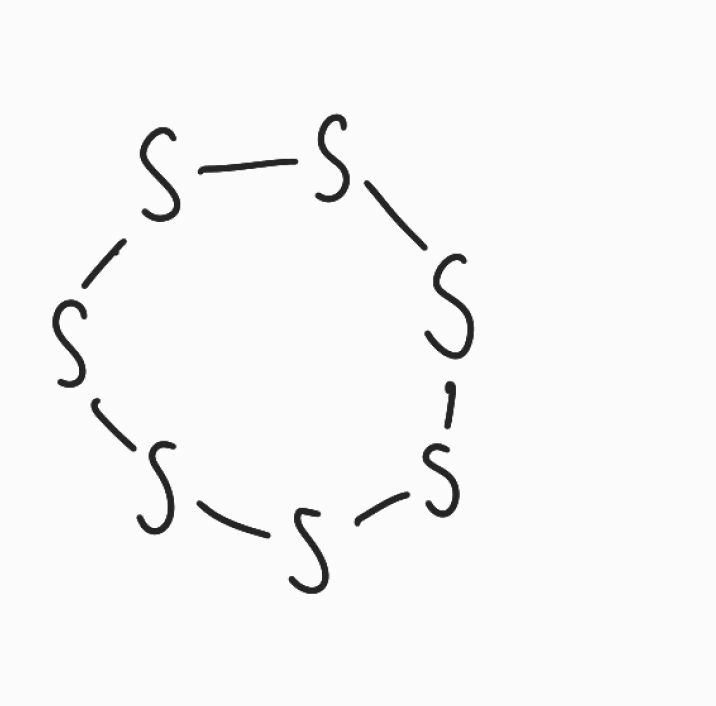
Simplified molecular-input line-entry system (SMILES) notation of the given molecule:
S1SSSSSS1